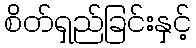
စိတ်ရှည်ခြင်းနှင့်